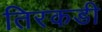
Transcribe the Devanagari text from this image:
तिरकडी